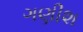
ગણીશ